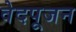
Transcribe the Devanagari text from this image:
वेदपूजन